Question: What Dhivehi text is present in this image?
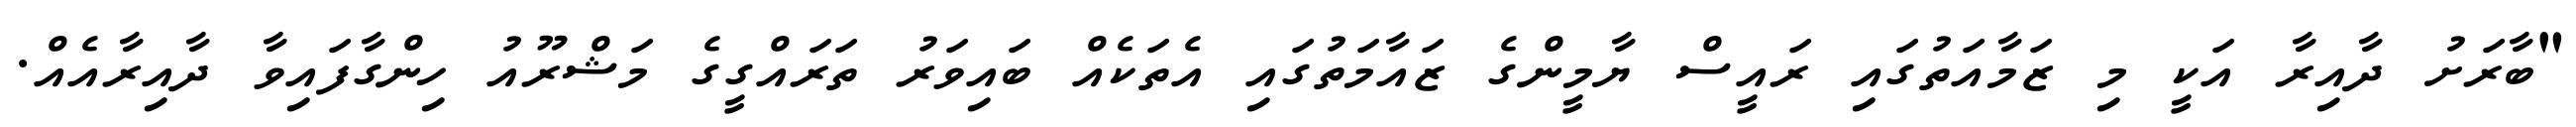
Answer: "ބާރަށު ދާއިރާ އަކީ މި ޒަމާއަތުގައި ރައީސް ޔާމީންގެ ޒައާމަތުގައި އެތަކެއް ބައިވަރު ތަރައްގީގެ މަޝްރޫއު ހިންގާފައިވާ ދާއިރާއެއް.